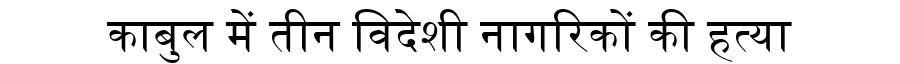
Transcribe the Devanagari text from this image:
काबुल में तीन विदेशी नागरिकों की हत्या